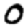
Digit: 0